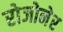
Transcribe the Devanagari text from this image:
रोजोनेर